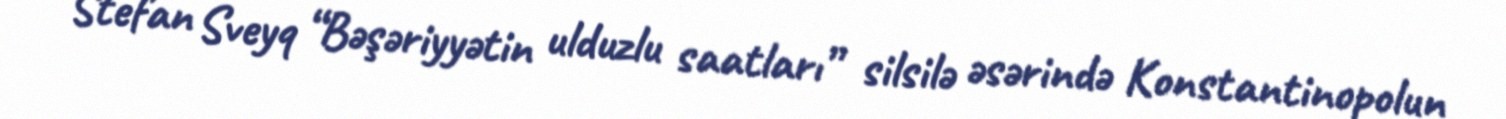
Stefan Sveyq “Bəşəriyyətin ulduzlu saatları” silsilə əsərində Konstantinopolun